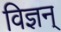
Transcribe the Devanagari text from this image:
विज्ञन्